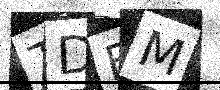
Text: TDEM